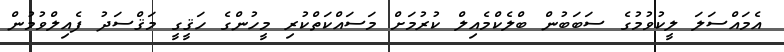
އެމައްސަލަ ލީކުވުމުގެ ސަބަބުން ބްލެކްމެއިލް ކުރުމަށް މަސައްކަތްކުރި މީހުންގެ ހަޤީގީ މަޤްސަދު ފެއިލްވުމުން